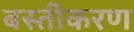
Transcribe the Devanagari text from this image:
बस्तीकरण